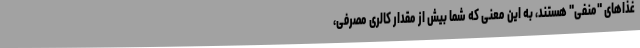
غذاهای "منفی" هستند، به این معنی که شما بیش از مقدار کالری مصرفی،